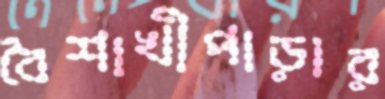
বৈশাখীপাড়ার